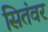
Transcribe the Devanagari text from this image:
सितंवर